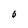
Character: O